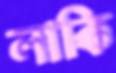
লাক্কি